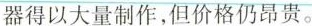
器得以大量制作,但价格仍昂贵。